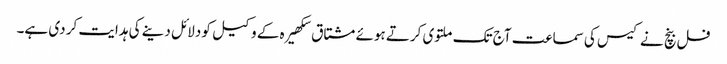
فل بنچ نے کیس کی سماعت آج تک ملتوی کرتے ہوئے مشتاق سکھیرہ کے وکیل کو دلائل دینے کی ہدایت کر دی ہے۔